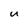
Character: u